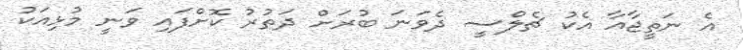
އެ ނަތީޖާއާ އެކު ޗެލްސީ ދެވަނަ ބުރަށް ދަތުރު ކޮށްފައި ވަނީ މުޅިއަކު